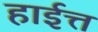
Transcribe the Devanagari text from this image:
हाईत्त